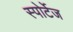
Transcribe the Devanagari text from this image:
स्पोर्टेज